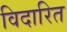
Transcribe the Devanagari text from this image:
विदारित